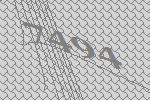
7494